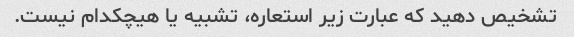
تشخیص دهید که عبارت زیر استعاره، تشبیه یا هیچکدام نیست.